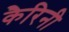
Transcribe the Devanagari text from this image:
कैरिनी